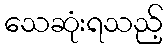
သေဆုံးရသည့်